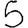
Digit: 5